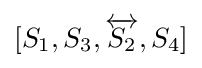
[S_{1},S_{3},{\overleftrightarrow {S_{2}}},S_{4}]